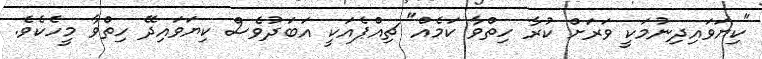
"ކިޔަވައިދިނުމަކީ ވަރަށް ކުރާ ހިތްވާ ކަމެއް" ޗިއްޕެއަކީ އަބަދުވެސް ކިޔަވައިދޭ ހިތްވާ މީހެކެވެ.